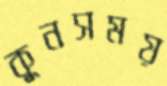
কুনসময়